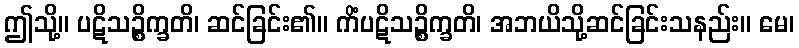
ဤသို့။ ပဋိသဉ္စိက္ခတိ၊ ဆင်ခြင်း၏။ ကိံပဋိသဉ္စိက္ခတိ၊ အဘယိသို့ဆင်ခြင်းသနည်း။ မေ၊